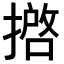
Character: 𢴖